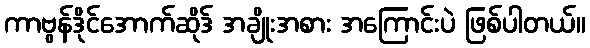
ကာဗွန်ဒိုင်အောက်ဆိုဒ် အချိုးအစား အကြောင်းပဲ ဖြစ်ပါတယ်။